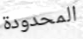
المحدودة